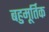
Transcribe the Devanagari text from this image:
बहुमूर्तिक